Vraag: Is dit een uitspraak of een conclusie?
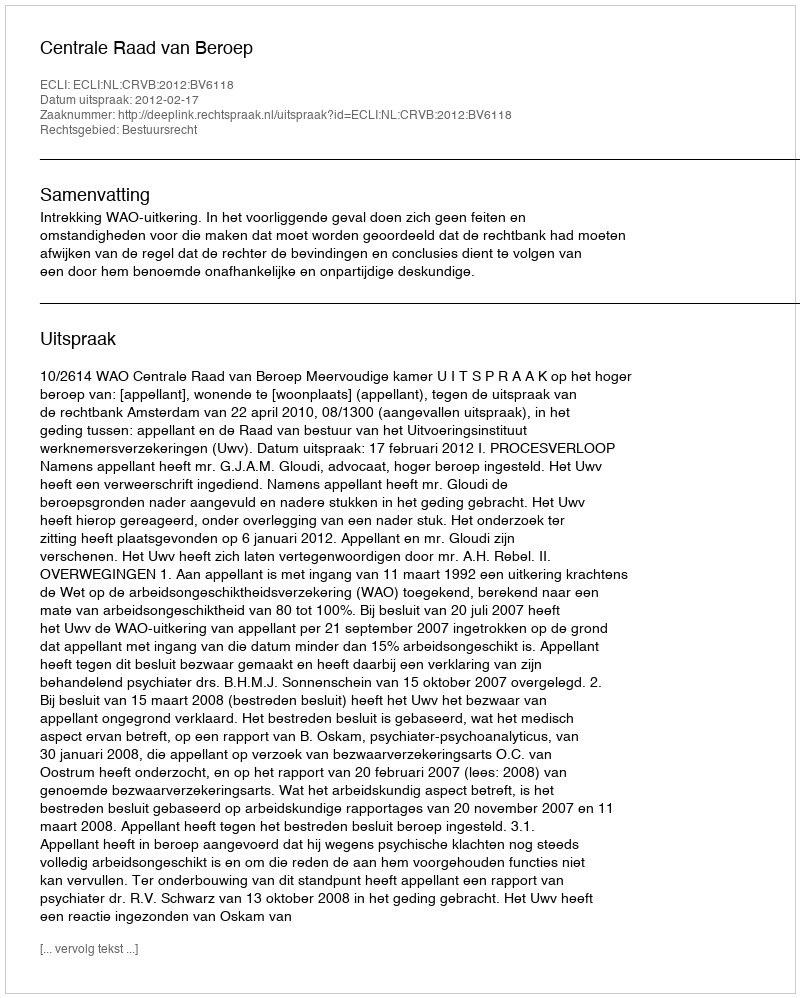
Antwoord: Uitspraak